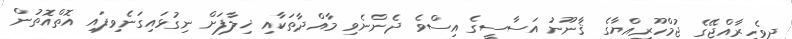
ދިވެހިރާއްޖޭގެ ޖުމްހޫރިއްޔާގެ ޤާނޫނު އަސާސީގެ އިސްވެ ދެންނެވި މާއްދާތަކާއި ޚިލާފަށް ނިގުޅައިގަނެވިފައި އޮތްއޮތުން